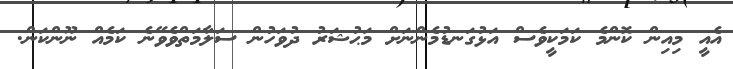
އެއީ މިއިން ކޮންމެ ކަމަކީވެސް އަޅުގަނޑުމެންނަށް މަޙުޝަރު ދުވަހުން ސަލާމަތްވެވޭނެ ކަމެއް ނޫންކަން.